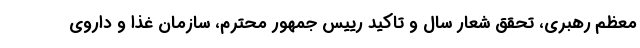
معظم رهبری، تحقق شعار سال و تاکید رییس جمهور محترم، سازمان غذا و داروی